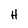
Character: H